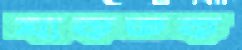
ঘাকতক